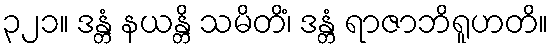
၃၂၁။ ဒန္တံ နယန္တိ သမိတိံ၊ ဒန္တံ ရာဇာဘိရူဟတိ။